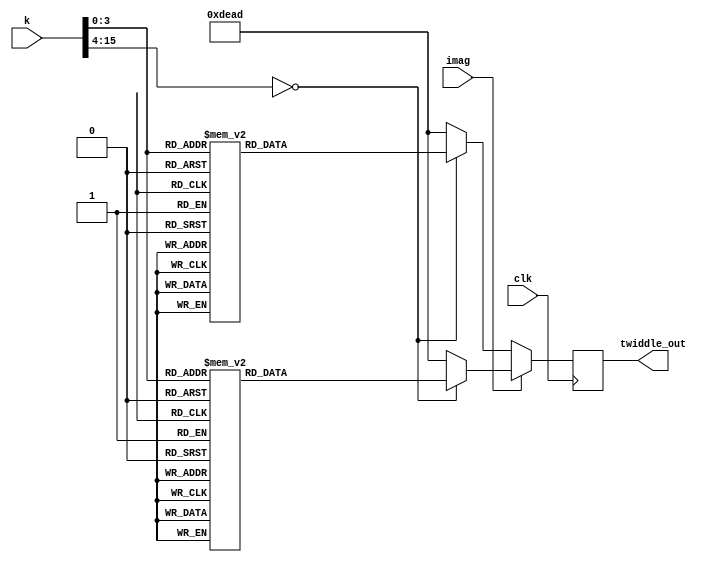
module ROM 
#(parameter DATA_WIDTH = 16)
(
input imag, clk,
input [DATA_WIDTH - 1:0] k,
output reg [DATA_WIDTH -1:0] twiddle_out
);

//Use python file to assist in generateing the LUT.



always @(posedge clk) begin

	if(imag) begin
		case(k) 
		0: twiddle_out <= 16'h0;

		1: twiddle_out <= 16'h18f8;

		2: twiddle_out <= 16'h30fb;

		3: twiddle_out <= 16'h471c;

		4: twiddle_out <= 16'h5a82;

		5: twiddle_out <= 16'h6a6d;

		6: twiddle_out <= 16'h7641;

		7: twiddle_out <= 16'h7d8a;

		8: twiddle_out <= 16'h7fff;

		9: twiddle_out <= 16'h7d8a;

		10: twiddle_out <= 16'h7641;

		11: twiddle_out <= 16'h6a6d;

		12: twiddle_out <= 16'h5a82;

		13: twiddle_out <= 16'h471c;

		14: twiddle_out <= 16'h30fb;

		15: twiddle_out <= 16'h18f8;
			default: twiddle_out <= 16'hdead;
		endcase	
	
	end
	
	else begin
		case(k)
		0: twiddle_out <= 16'h7fff;

		1: twiddle_out <= 16'h7d8a;

		2: twiddle_out <= 16'h7641;

		3: twiddle_out <= 16'h6a6d;

		4: twiddle_out <= 16'h5a82;

		5: twiddle_out <= 16'h471c;

		6: twiddle_out <= 16'h30fb;

		7: twiddle_out <= 16'h18f8;

		8: twiddle_out <= 16'h0;

		9: twiddle_out <= 16'he708;

		10: twiddle_out <= 16'hcf05;

		11: twiddle_out <= 16'hb8e4;

		12: twiddle_out <= 16'ha57e;

		13: twiddle_out <= 16'h9593;

		14: twiddle_out <= 16'h89bf;

		15: twiddle_out <= 16'h8276;
			
			default: twiddle_out <= 16'hdead;

		endcase 
	
	end

end





endmodule